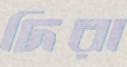
দিরা